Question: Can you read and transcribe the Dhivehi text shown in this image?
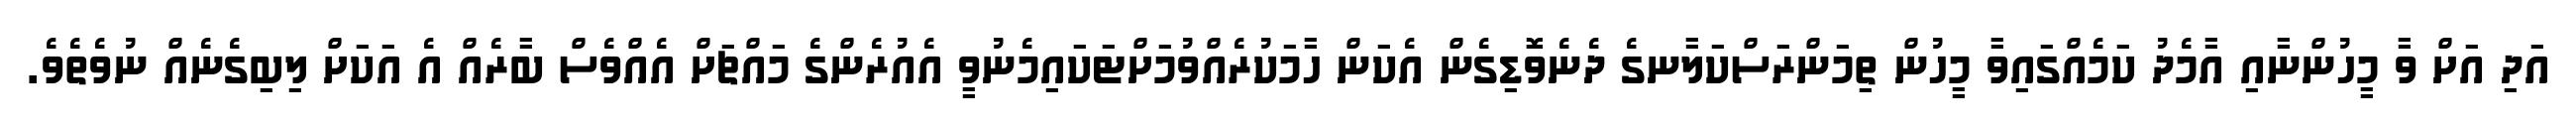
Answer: އަދި އަށް ވާ މީހުންނާއި އާމެދު ކަމެއްގައިވާ މީހުން ތިމަންރަސްކަލާނގެ ދެނެވޮޑިގެން އެކަން ހާމަކުރެއްވުމަށްޓަކައިމެނުވީ އެއުރެންގެ މައްޗަށް އެއްވެސް ބާރެއް އެ އަކަށް ލިބިގެނެއް ނުވެތެވެ.